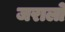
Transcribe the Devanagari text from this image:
जरालो